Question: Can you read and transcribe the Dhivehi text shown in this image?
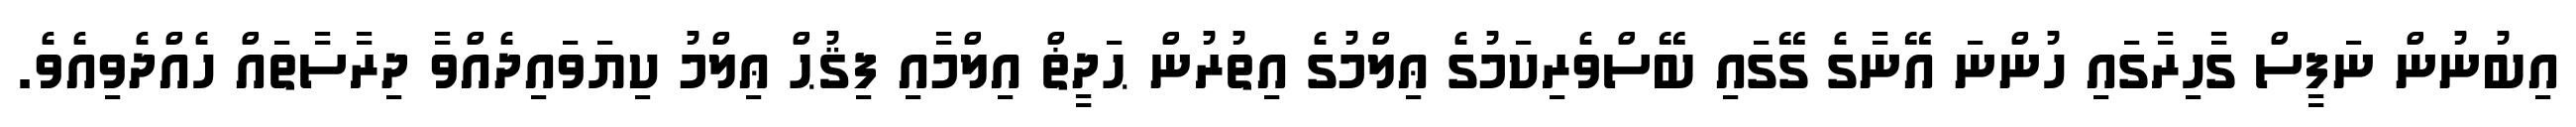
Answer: އިބުނުން ނަފީސް ގާހިރާގައި ހުންނަ އޭނާގެ ގޭގައި ބޭސްވެރިކަމުގެ ޢިލްމުގެ އިތުރުން ޙަދީޡް އިލްމާއި ފިޤުޙް ޢިލްމު ކިޔަވައިދެއްވާ ދިރާސާތައް ހެއްދެވިއެވެ.